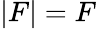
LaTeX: |F|=F